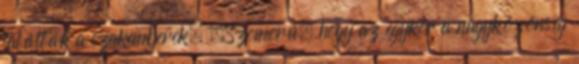
találták a szakemberek. „Szomorú, hogy az egykor a nagyközönség